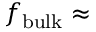
f _ { \mathrm { b u l k } } \approx